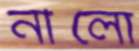
নীলো